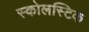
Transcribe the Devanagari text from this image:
स्कोलस्टिक